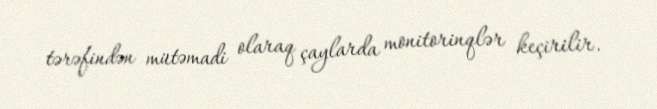
tərəfindən mütəmadi olaraq çaylarda monitorinqlər keçirilir.